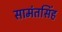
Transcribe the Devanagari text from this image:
सामंतसिंह